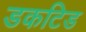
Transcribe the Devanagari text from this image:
डकटिड